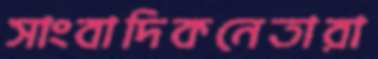
সাংবাদিকনেতারা